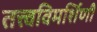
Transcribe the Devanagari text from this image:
तत्त्वविमर्शिणी